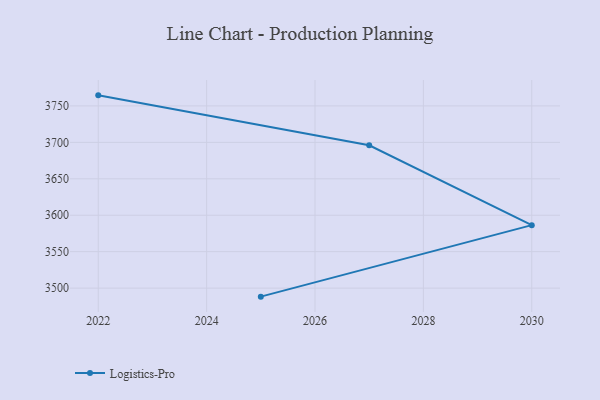
{"axis": {"x": "Year", "y": "Bounce Rate (%)"}, "legend": ["Logistics-Pro"], "data": [{"x": "2025", "y": 3488.3, "type": "Logistics-Pro"}, {"x": "2030", "y": 3586.4, "type": "Logistics-Pro"}, {"x": "2027", "y": 3696.0, "type": "Logistics-Pro"}, {"x": "2022", "y": 3764.5, "type": "Logistics-Pro"}]}